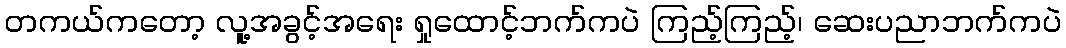
တကယ်ကတော့ လူ့အခွင့်အရေး ရှုထောင့်ဘက်ကပဲ ကြည့်ကြည့်၊ ဆေးပညာဘက်ကပဲ